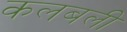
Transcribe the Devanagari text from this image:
कलबली